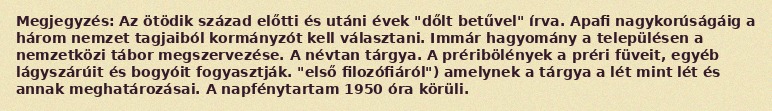
Megjegyzés: Az ötödik század előtti és utáni évek "dőlt betűvel" írva. Apafi nagykorúságáig a három nemzet tagjaiból kormányzót kell választani. Immár hagyomány a településen a nemzetközi tábor megszervezése. A névtan tárgya. A préribölények a préri füveit, egyéb lágyszárúit és bogyóit fogyasztják. "első filozófiáról") amelynek a tárgya a lét mint lét és annak meghatározásai. A napfénytartam 1950 óra körüli.